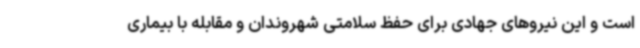
است و این نیروهای جهادی برای حفظ سلامتی شهروندان و مقابله با بیماری